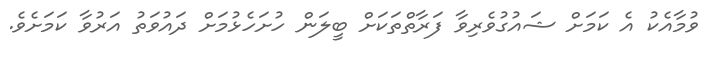
ވުމާއެކު އެ ކަމަށް ޝައުގުވެރިވާ ފަރާތްތަކަށް ބީލަން ހުށަހެޅުމަށް ދައުވަތު އަރުވާ ކަމަށެވެ.